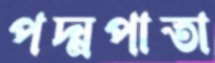
পদ্মপাতা